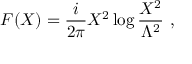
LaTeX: F ( X ) = \frac { i } { 2 \pi } X ^ { 2 } \log \frac { X ^ { 2 } } { \Lambda ^ { 2 } } \ ,